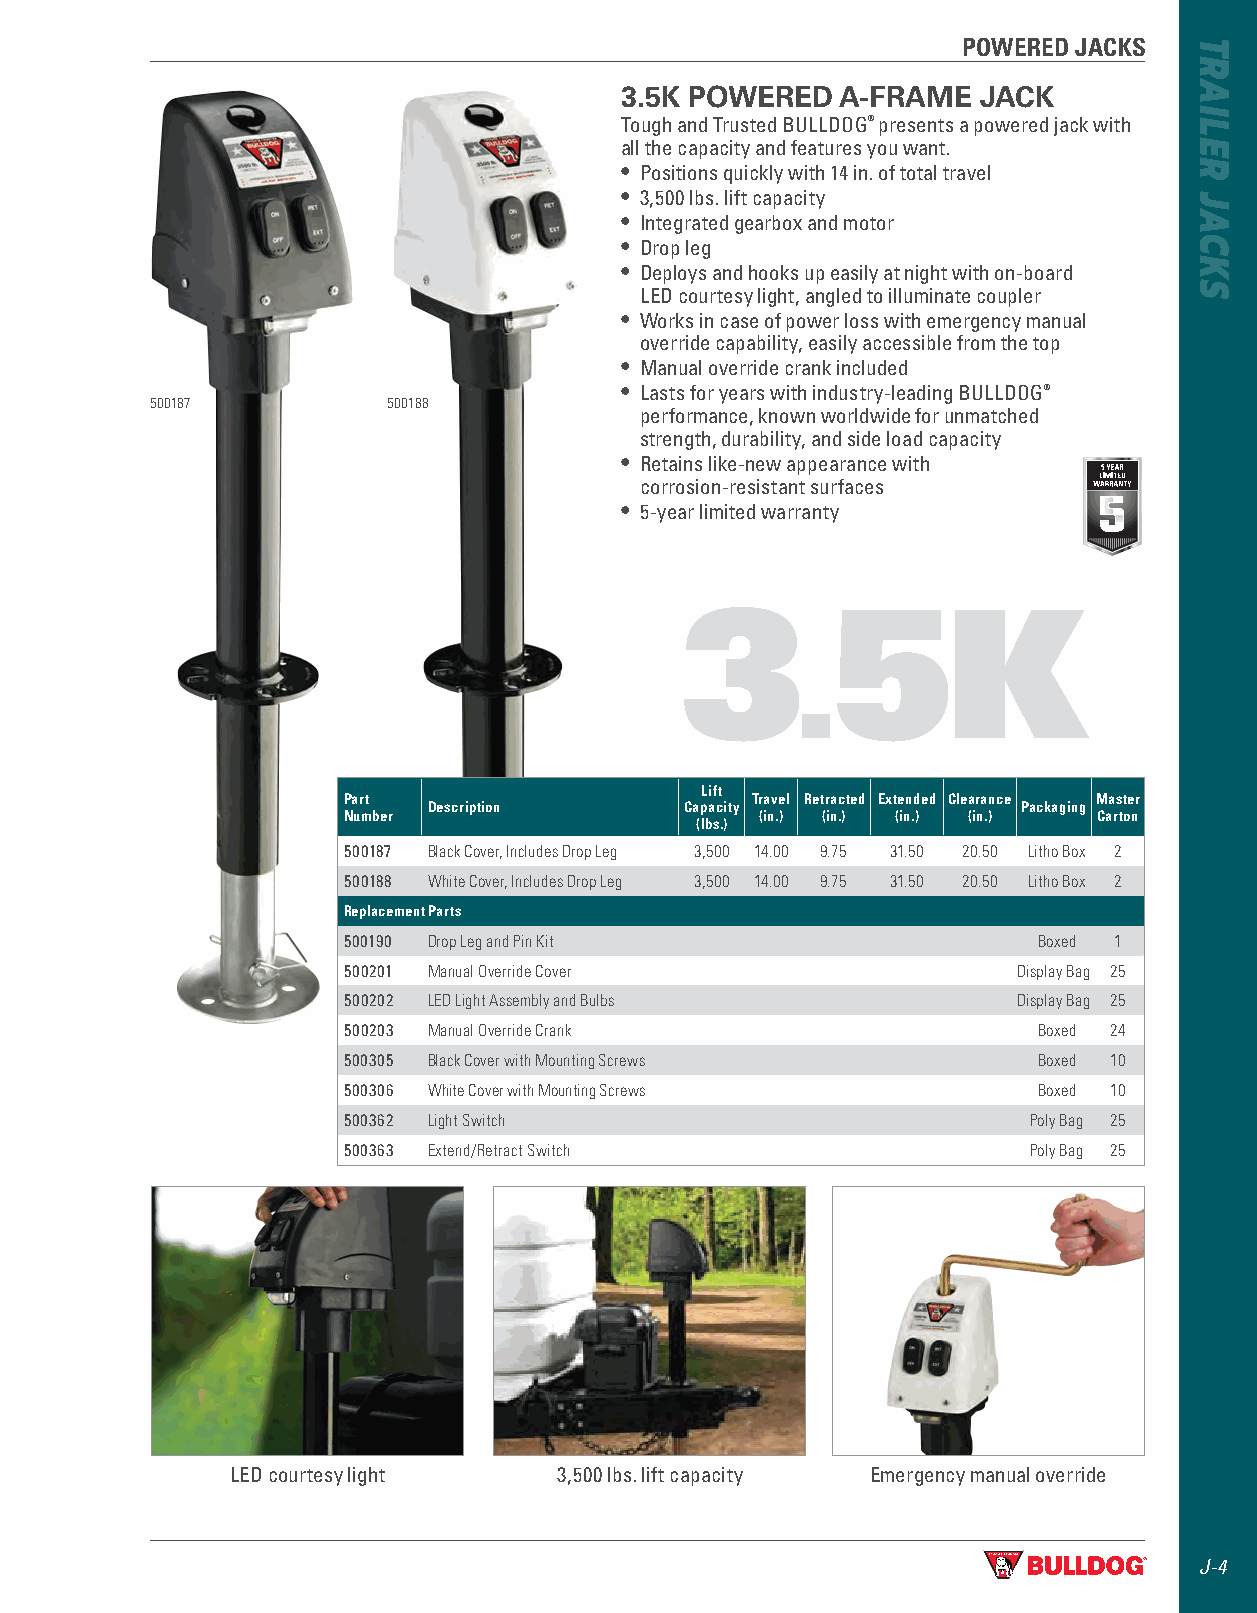
POWERED JACKS
 3.5K POWERED   A-FRAME  JACK
 Tough and Trusted BULLDOG® presents a powered jack with
 all the capacity and features you want .
 • Positions quickly with 14 in . of total travel
 • 3,500 lbs . lift capacity
 • Integrated gearbox and motor
 • Drop leg
 • Deploys and hooks up easily at night with on-board
 LED courtesy light, angled to illuminate coupler
 • Works in case of power loss with emergency manual
 override capability, easily accessible from the top
 • Manual override crank included
 • Lasts for years with industry-leading BULLDOG®
 500187          500188
 performance, known worldwide for unmatched
 strength, durability, and side load capacity
 • Retains like-new appearance with
 corrosion-resistant surfaces
 • 5-year limited warranty
 3         5K
 .
 Lift
 Part                       Travel Retracted Extended Clearance Master
 Description      Capacity               Packaging
 Number                     (in.) (in.) (in.) (in.) Carton
 (lbs.)
 500187 Black Cover, Includes Drop Leg 3,500 14.00 9.75 31.50 20.50 Litho Box 2
 500188 White Cover, Includes Drop Leg 3,500 14.00 9.75 31.50 20.50 Litho Box 2
 Replacement Parts
 500190 Drop Leg and Pin Kit                   Boxed 1
 500201 Manual Override Cover                Display Bag 25
 500202 LED Light Assembly and Bulbs         Display Bag 25
 500203 Manual Override Crank                  Boxed 24
 500305 Black Cover with Mounting Screws       Boxed 10
 500306 White Cover with Mounting Screws       Boxed 10
 500362 Light Switch                          Poly Bag 25
 500363 Extend/Retract Switch                 Poly Bag 25
 LED courtesy light    3,500 lbs . lift capacity Emergency manual override
 J-4
 TRAILER
 JACKS